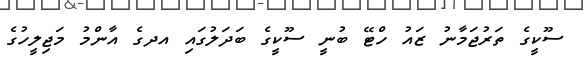
ސޫކީގެ ތަރުޖަމާނު ޒައު ހްޓޭ ބުނީ ސޫކީގެ ބަދަލުގައި އދގެ އާންމު މަޖިލީހުގެ